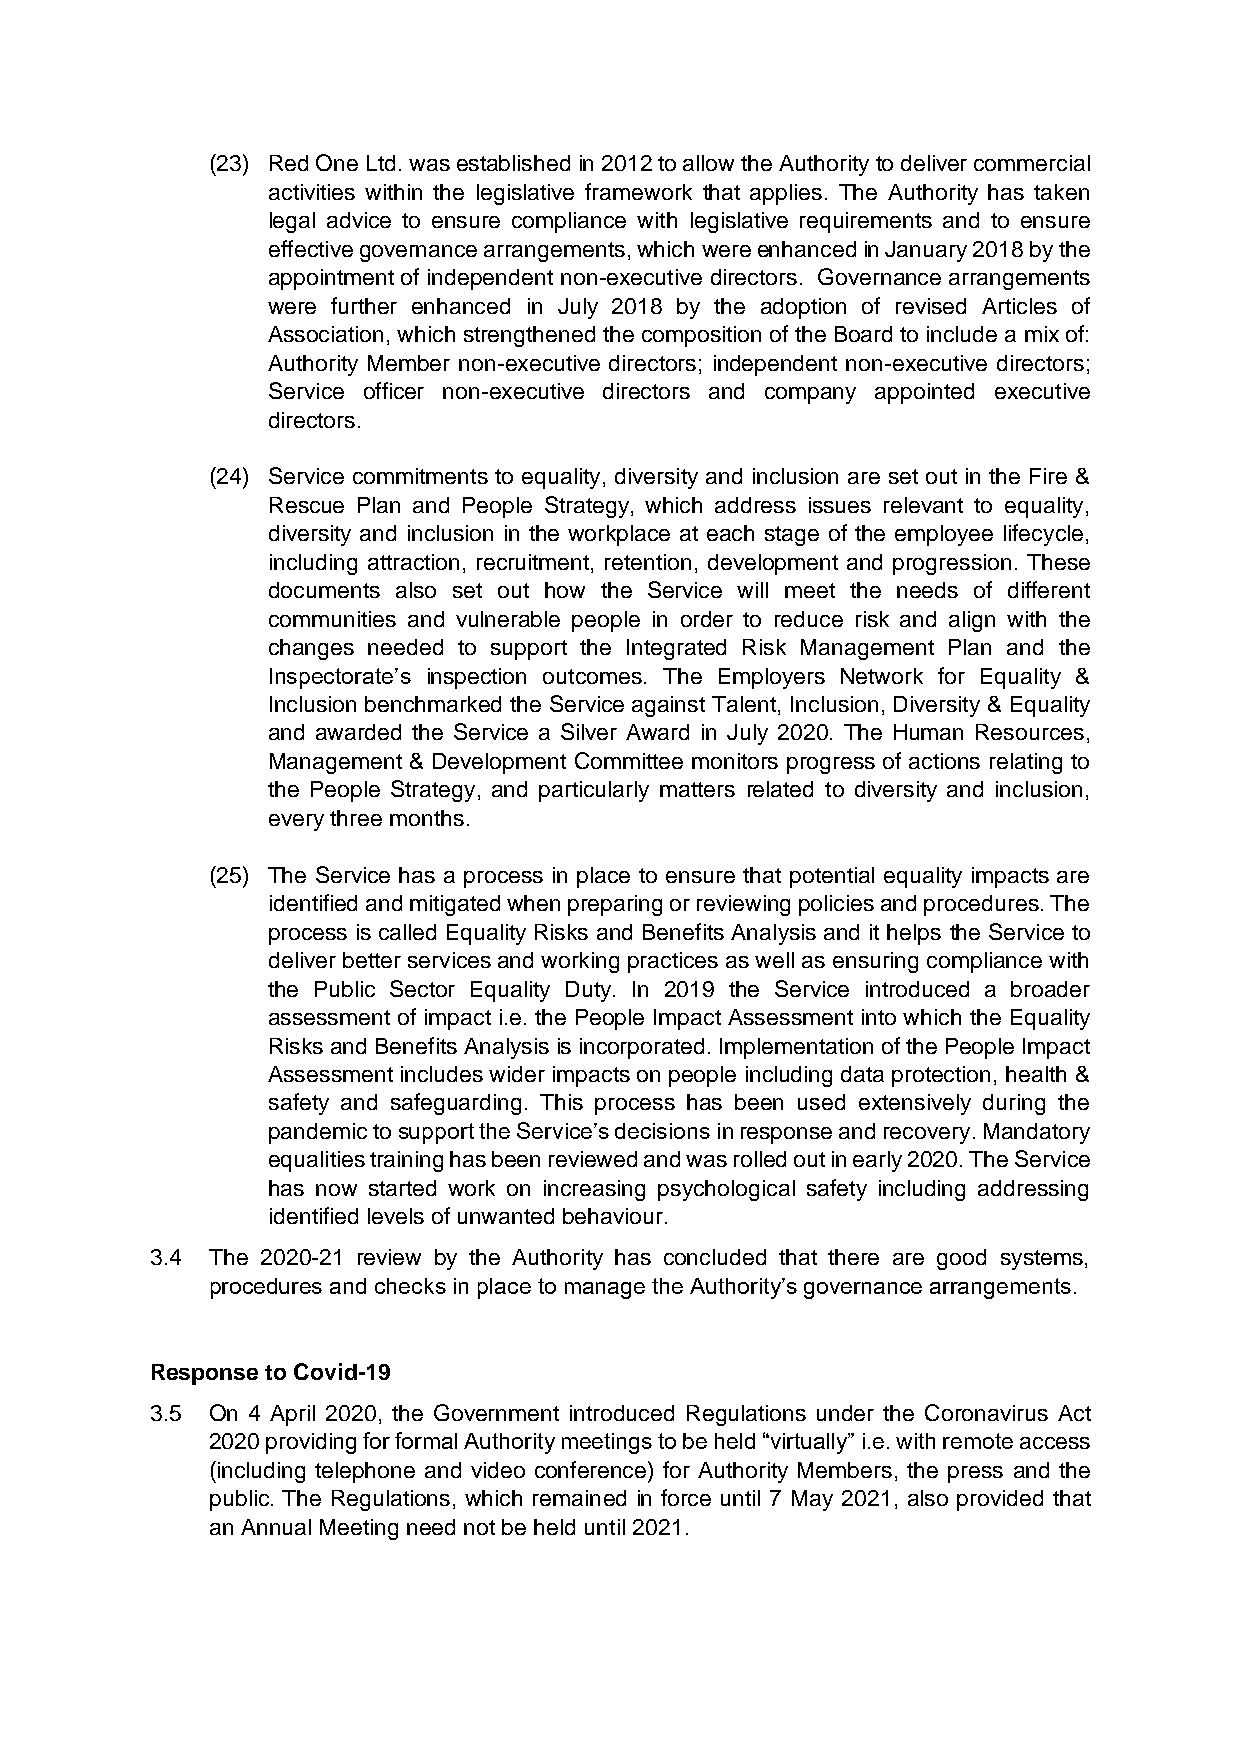
(23) Red One Ltd. was established in 2012 to allow the Authority to deliver commercial
 activities within the legislative framework that applies. The Authority has taken
 legal advice to ensure compliance with legislative requirements and to ensure
 effective governance arrangements, which were enhanced in January 2018 by the
 appointment of independent non-executive directors. Governance arrangements
 were further enhanced in July 2018 by the adoption of revised Articles of
 Association, which strengthened the composition of the Board to include a mix of:
 Authority Member non-executive directors; independent non-executive directors;
 Service officer non-executive directors and company appointed executive
 directors.
 (24) Service commitments to equality, diversity and inclusion are set out in the Fire &
 Rescue Plan and People Strategy, which address issues relevant to equality,
 diversity and inclusion in the workplace at each stage of the employee lifecycle,
 including attraction, recruitment, retention, development and progression. These
 documents also set out how the Service will meet the needs of different
 communities and vulnerable people in order to reduce risk and align with the
 changes needed to support the Integrated Risk Management Plan and the
 Inspectorate’s inspection outcomes. The Employers Network for Equality &
 Inclusion benchmarked the Service against Talent, Inclusion, Diversity & Equality
 and awarded the Service a Silver Award in July 2020. The Human Resources,
 Management & Development Committee monitors progress of actions relating to
 the People Strategy, and particularly matters related to diversity and inclusion,
 every three months.
 (25) The Service has a process in place to ensure that potential equality impacts are
 identified and mitigated when preparing or reviewing policies and procedures. The
 process is called Equality Risks and Benefits Analysis and it helps the Service to
 deliver better services and working practices as well as ensuring compliance with
 the Public Sector Equality Duty. In 2019 the Service introduced a broader
 assessment of impact i.e. the People Impact Assessment into which the Equality
 Risks and Benefits Analysis is incorporated. Implementation of the People Impact
 Assessment includes wider impacts on people including data protection, health &
 safety and safeguarding. This process has been used extensively during the
 pandemic to support the Service’s decisions in response and recovery. Mandatory
 equalities training has been reviewed and was rolled out in early 2020. The Service
 has now started work on increasing psychological safety including addressing
 identified levels of unwanted behaviour.
 3.4 The 2020-21 review by the Authority has concluded that there are good systems,
 procedures and checks in place to manage the Authority’s governance arrangements.
 Response to Covid-19
 3.5 On 4 April 2020, the Government introduced Regulations under the Coronavirus Act
 2020 providing for formal Authority meetings to be held “virtually” i.e. with remote access
 (including telephone and video conference) for Authority Members, the press and the
 public. The Regulations, which remained in force until 7 May 2021, also provided that
 an Annual Meeting need not be held until 2021.